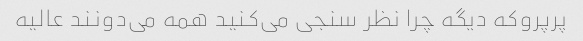
پرپروکه دیگه چرا نظر سنجی می‌کنید همه می‌دونند عالیه